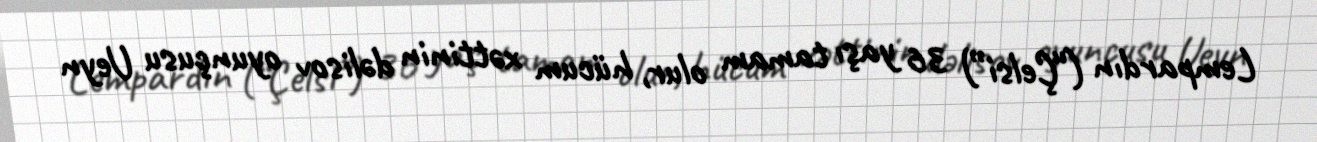
Lempardın (“Çelsi”) 36 yaşı tamam olur, hücum xəttinin dəlisov oyunçusu Ueyn